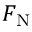
F _ { \mathrm { N } }